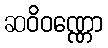
ဆဝိဝဏ္ဏော